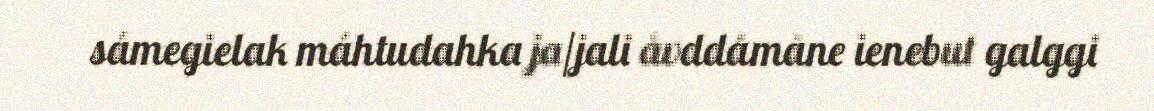
sámegielak máhtudahka ja/jali åvddåmåne ienebut galggi